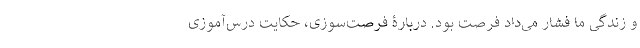
و زندگی ما فشار می‌داد فرصت بود. دربارۀ فرصت‌سوزی، حکایت درس‌آموزی